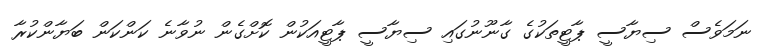
ނަމަވެސް ސިޔާސީ ޕާޓީތަކުގެ ގާނޫނުގައި ސިޔާސީ ޕާޓީއަކުން ކޮށްގެން ނުވާނެ ކަންކަން ބަޔާންކުރާ